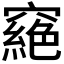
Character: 𥨟